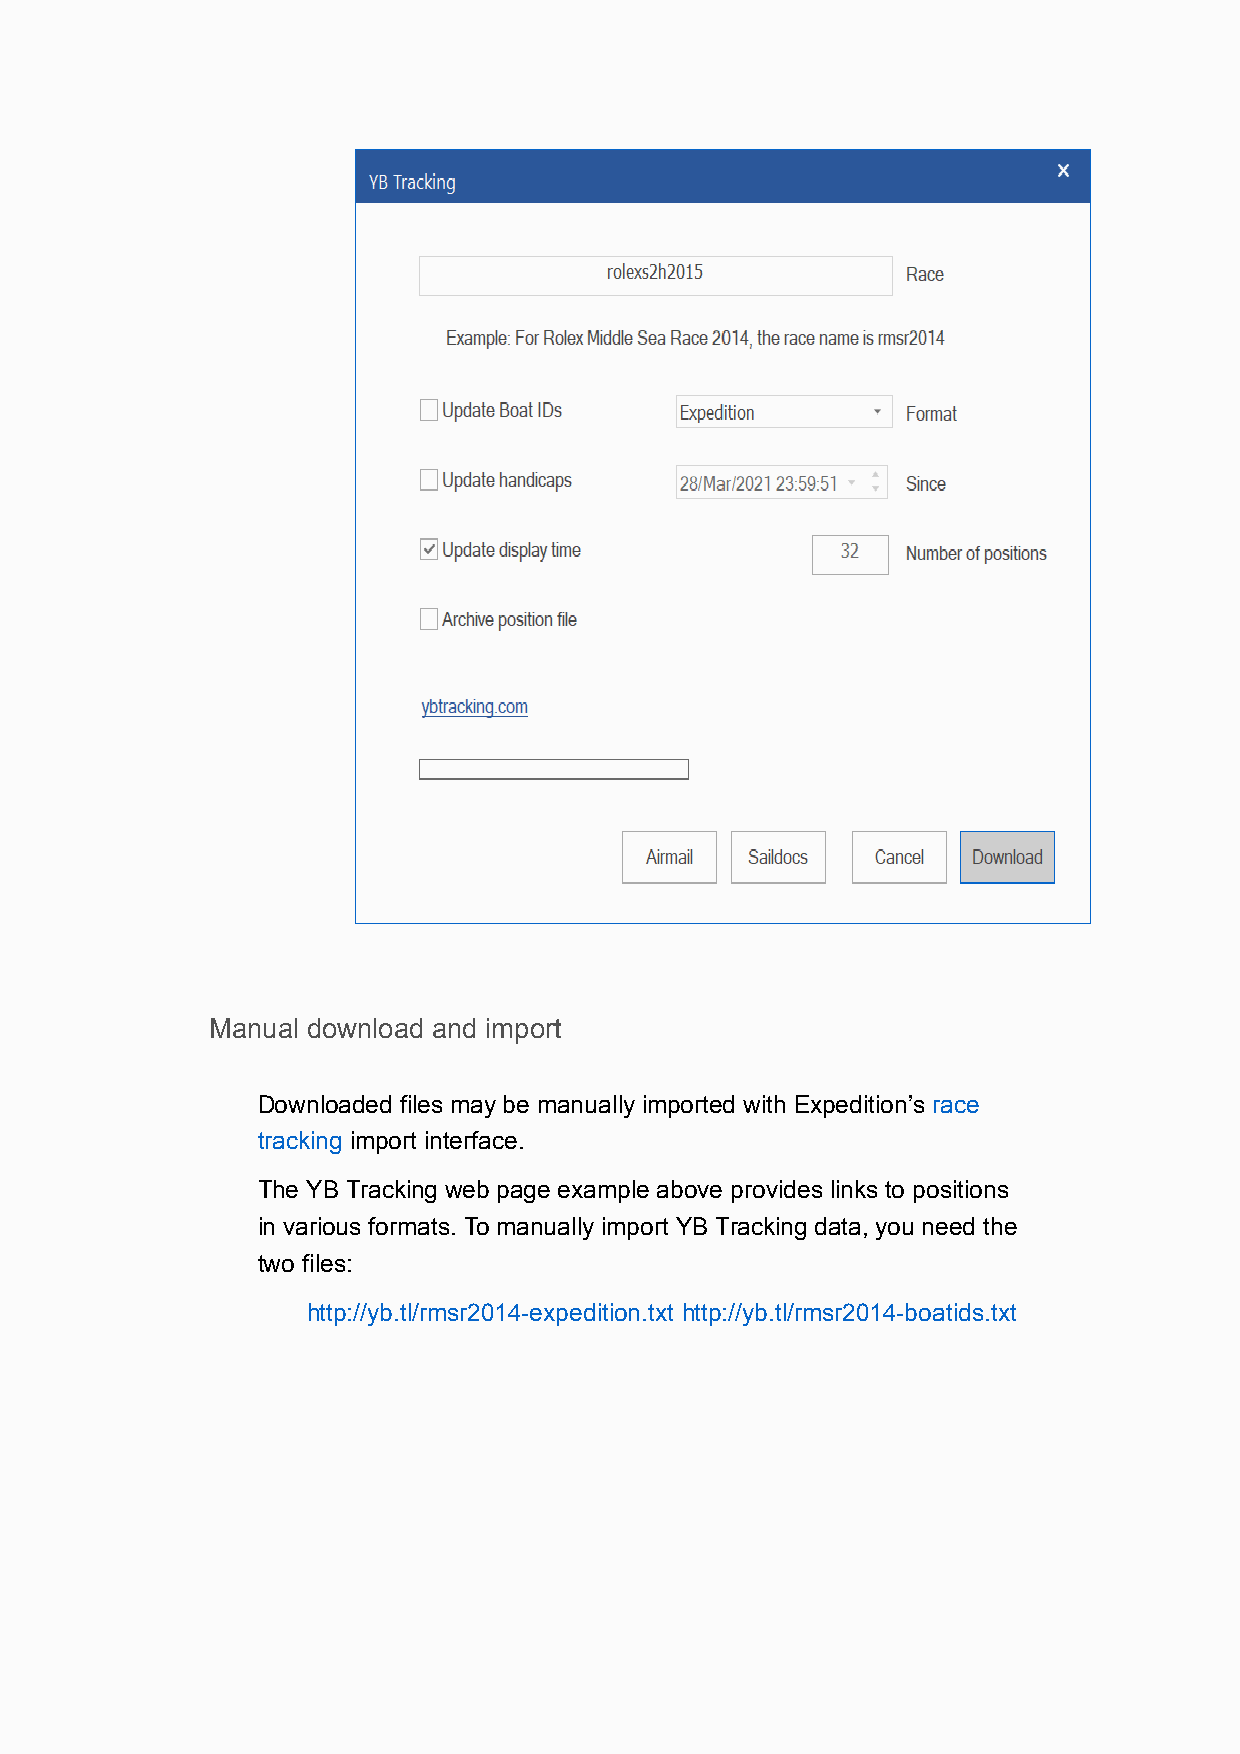
Manual download and import
 Downloaded files may be manually imported with Expedition’s race
 tracking import interface.
 The YB Tracking web page example above provides links to positions
 in various formats. To manually import YB Tracking data, you need the
 two files:
 http://yb.tl/rmsr2014-expedition.txt http://yb.tl/rmsr2014-boatids.txt